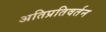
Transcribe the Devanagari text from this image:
अतिप्रतिवर्तन